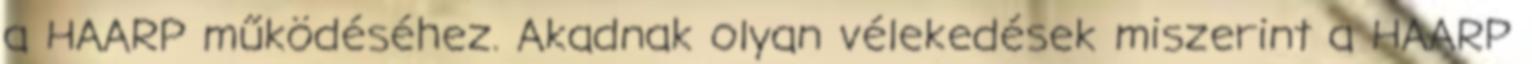
a HAARP működéséhez. Akadnak olyan vélekedések miszerint a HAARP